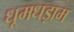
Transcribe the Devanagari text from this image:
धूमधड़ाम